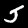
Digit: 5